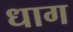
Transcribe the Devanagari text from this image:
धाग